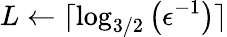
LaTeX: L\gets\lceil\log_{3/2}\left(\epsilon^{-1}\right)\rceil